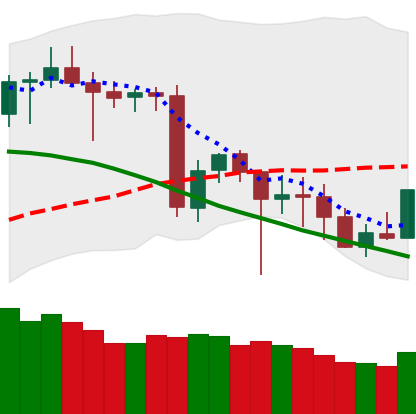
Ticker: BNB-USD
Chart end date: 2020-06-22
Forward return: -7.83%
Label: down_7plus